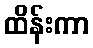
ထိန်းကာ